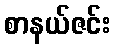
စာနယ်ဇင်း